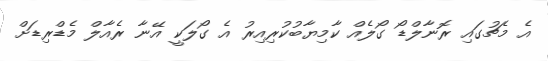
އެ މެޗުގައި ރޮނާލްޑޯ ގޯލެއް ކާމިޔާބުކުރިއިރު އެ ގޯލަކީ އޭނާ ރެއާލް މެޑްރިޑަށް